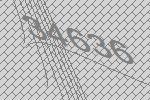
34636